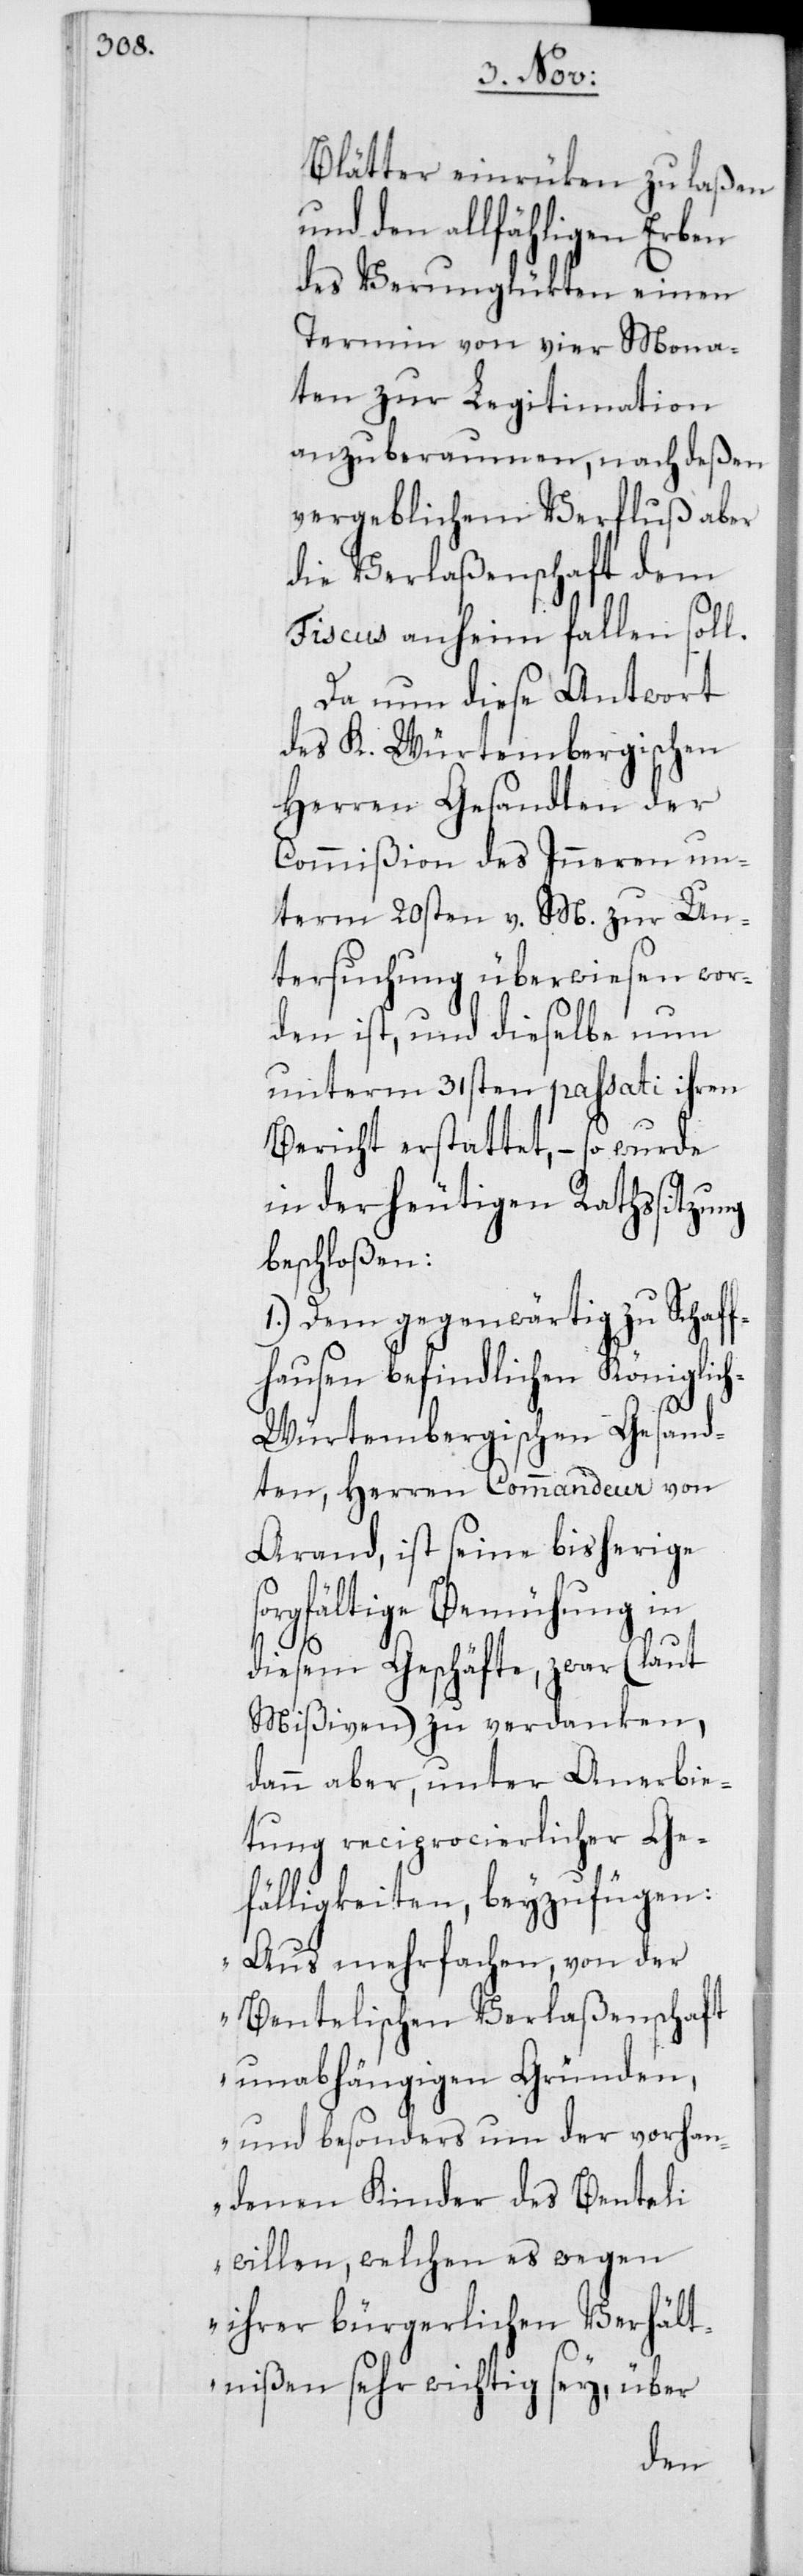
Blätter einrüken zu laßen
und den allfähligen Erben
des Verunglükten einen
Termin von vier Mona¬
ten zur Legitimation
anzuberaumen, nach deßen
vergeblichem Verfluß aber
die Verlaßenschaft dem
Fiscus anheim fallen soll.
Da nun diese Antwort
des K. Würtembergischen
Herren Gesandten der
Commißion des Inneren un¬
term 20sten v. M. zur Un¬
tersuchung überwiesen wor¬
den ist, und dieselbe nun
unterm 31sten passati ihren
Bericht erstattet, – so wurde
in der heutigen Rathssitzung
beschloßen:
1. Dem gegenwärtig zu Schaf¬
fhausen befindlichen Königlic¬
h-Würtembergischen Gesand¬
ten, Herren Commandeur von
Arand, ist seine bisherige
orgfältige Bemühung in
diesem Geschäfte, zwar (laut
Mißiven) zu verdanken,
dann aber, unter Anerbie¬
tung reciprocierlicher Ge¬
fälligkeiten, beyzufügen:
s¬
„Aus mehrfachen, von der
Bentelischen Verlaßenschaft
unabhängigen Gründen,
und besonders um der vorhan¬
denen Kinder des Benteli
willen, welchen es wegen
ihrer bürgerlichen Verhält¬
nißen sehr wichtig sey, über